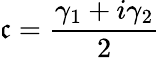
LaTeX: \mathfrak{c}=\frac{{\gamma_{1}+i\gamma_{2}}}{{2}}